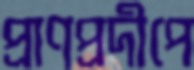
প্রাণপ্রদীপে